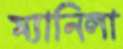
ম্যানিলা